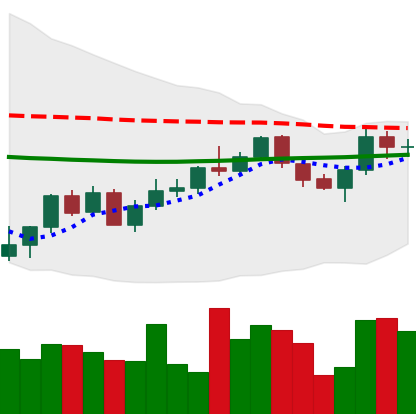
Ticker: XMR-USD
Chart end date: 2022-06-01
Forward return: -4.587%
Label: down_3_5